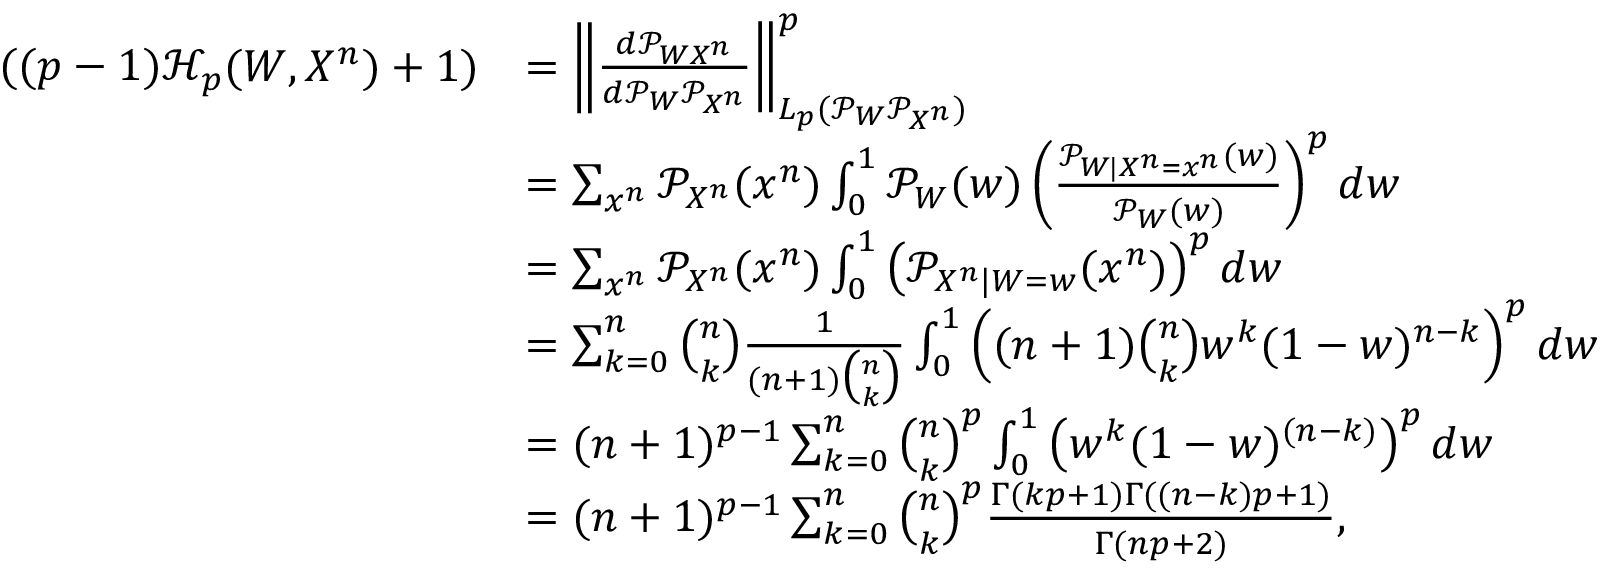
\begin{array} { r l } { ( ( p - 1 ) \mathcal { H } _ { p } ( W , X ^ { n } ) + 1 ) } & { = \left\lVert \frac { d \mathcal { P } _ { W X ^ { n } } } { d \mathcal { P } _ { W } \mathcal { P } _ { X ^ { n } } } \right\rVert _ { L _ { p } ( \mathcal { P } _ { W } \mathcal { P } _ { X ^ { n } } ) } ^ { p } } \\ & { = \sum _ { x ^ { n } } \mathcal { P } _ { X ^ { n } } ( x ^ { n } ) \int _ { 0 } ^ { 1 } \mathcal { P } _ { W } ( w ) \left( \frac { \mathcal { P } _ { W | X ^ { n } = x ^ { n } } ( w ) } { \mathcal { P } _ { W } ( w ) } \right) ^ { p } d w } \\ & { = \sum _ { x ^ { n } } \mathcal { P } _ { X ^ { n } } ( x ^ { n } ) \int _ { 0 } ^ { 1 } \left( \mathcal { P } _ { X ^ { n } | W = w } ( x ^ { n } ) \right) ^ { p } d w } \\ & { = \sum _ { k = 0 } ^ { n } \binom { n } { k } \frac { 1 } { ( n + 1 ) \binom { n } { k } } \int _ { 0 } ^ { 1 } \left( ( n + 1 ) \binom { n } { k } w ^ { k } ( 1 - w ) ^ { n - k } \right) ^ { p } d w } \\ & { = ( n + 1 ) ^ { p - 1 } \sum _ { k = 0 } ^ { n } \binom { n } { k } ^ { p } \int _ { 0 } ^ { 1 } \left( w ^ { k } ( 1 - w ) ^ { ( n - k ) } \right) ^ { p } d w } \\ & { = ( n + 1 ) ^ { p - 1 } \sum _ { k = 0 } ^ { n } \binom { n } { k } ^ { p } \frac { \Gamma ( k p + 1 ) \Gamma ( ( n - k ) p + 1 ) } { \Gamma ( n p + 2 ) } , } \end{array}